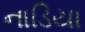
નાડિયા